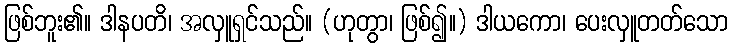
ဖြစ်ဘူး၏။ ဒါနပတိ၊ အလှူရှင်သည်။ (ဟုတွာ၊ ဖြစ်၍။) ဒါယကော၊ ပေးလှူတတ်သော